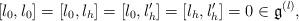
LaTeX: \begin{align*}[l_{0},l_{0}]=[l_{0},l_{h}]=[l_{0},l_{h}']=[l_{h},l_{h}']=0\in\mathfrak{g}^{(l)},\end{align*}